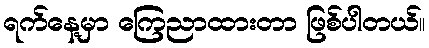
ရက်နေ့မှာ ကြေညာထားတာ ဖြစ်ပါတယ်။